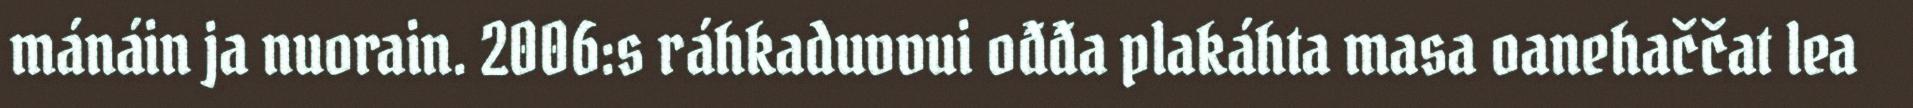
mánáin ja nuorain. 2006:s ráhkaduvvui ođđa plakáhta masa oanehaččat lea